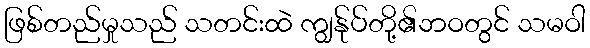
ဖြစ်တည်မှုသည် သတင်းထဲ ကျွန်ုပ်တို့၏ဘဝတွင် သမဝါ